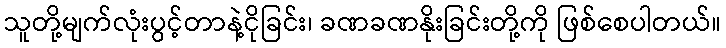
သူတို့မျက်လုံးပွင့်တာနဲ့ငိုခြင်း၊ ခဏခဏနိုးခြင်းတို့ကို ဖြစ်စေပါတယ်။